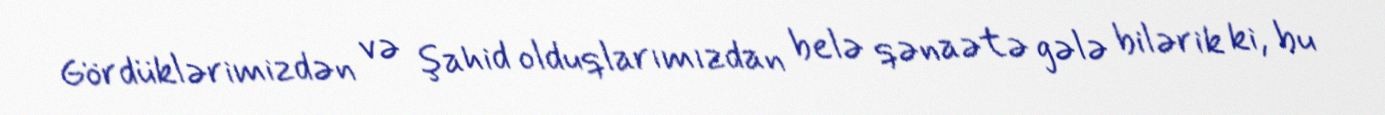
Gördüklərimizdən və şahid olduqlarımızdan belə qənaətə gələ bilərik ki, bu